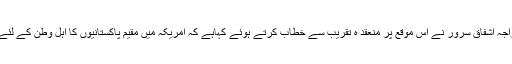
وزیر محنت وانسانی وسائل راجہ اشفاق سرور نے اس موقع پر منعقد ہ تقریب سے خطاب کرتے ہوئے کہاہے کہ امریکہ میں مقیم پاکستانیوں کا اہل وطن کے لئے جذبہ خدمت قابل تحسین ہے۔